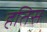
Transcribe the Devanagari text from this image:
हतिस